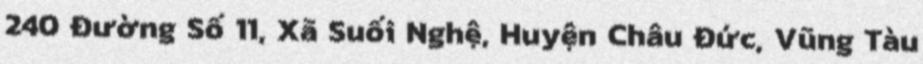
240 Đường Số 11, Xã Suối Nghệ, Huyện Châu Đức, Vũng Tàu